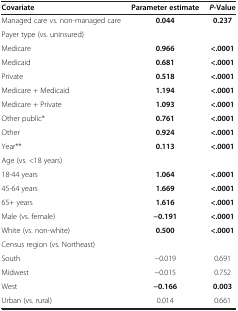
| Covariate | Parameter estimate | P-Value |
 | --- | --- | --- |
 | Managed care vs. non-managed care | 0.044 | 0.237 |
 | <COLSPAN=3> Payer type (vs. uninsured) |
 | Medicare | 0.966 | <.0001 |
 | Medicaid | 0.681 | <.0001 |
 | Private | 0.518 | <.0001 |
 | Medicare + Medicaid | 1.194 | <.0001 |
 | Medicare + Private | 1.093 | <.0001 |
 | Other public* | 0.761 | <.0001 |
 | Other | 0.924 | <.0001 |
 | Year** | 0.113 | <.0001 |
 | <COLSPAN=3> Age (vs. <18 years) |
 | 18-44 years | 1.064 | <.0001 |
 | 45-64 years | 1.669 | <.0001 |
 | 65+ years | 1.616 | <.0001 |
 | Male (vs. female) | −0.191 | <.0001 |
 | White (vs. non-white) | 0.500 | <.0001 |
 | <COLSPAN=3> Census region (vs. Northeast) |
 | South | −0.019 | 0.691 |
 | Midwest | −0.015 | 0.752 |
 | West | −0.166 | 0.003 |
 | Urban (vs. rural) | 0.014 | 0.661 |